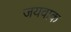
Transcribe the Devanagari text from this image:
जयवाक